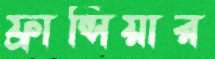
ফ্রান্সিয়ার